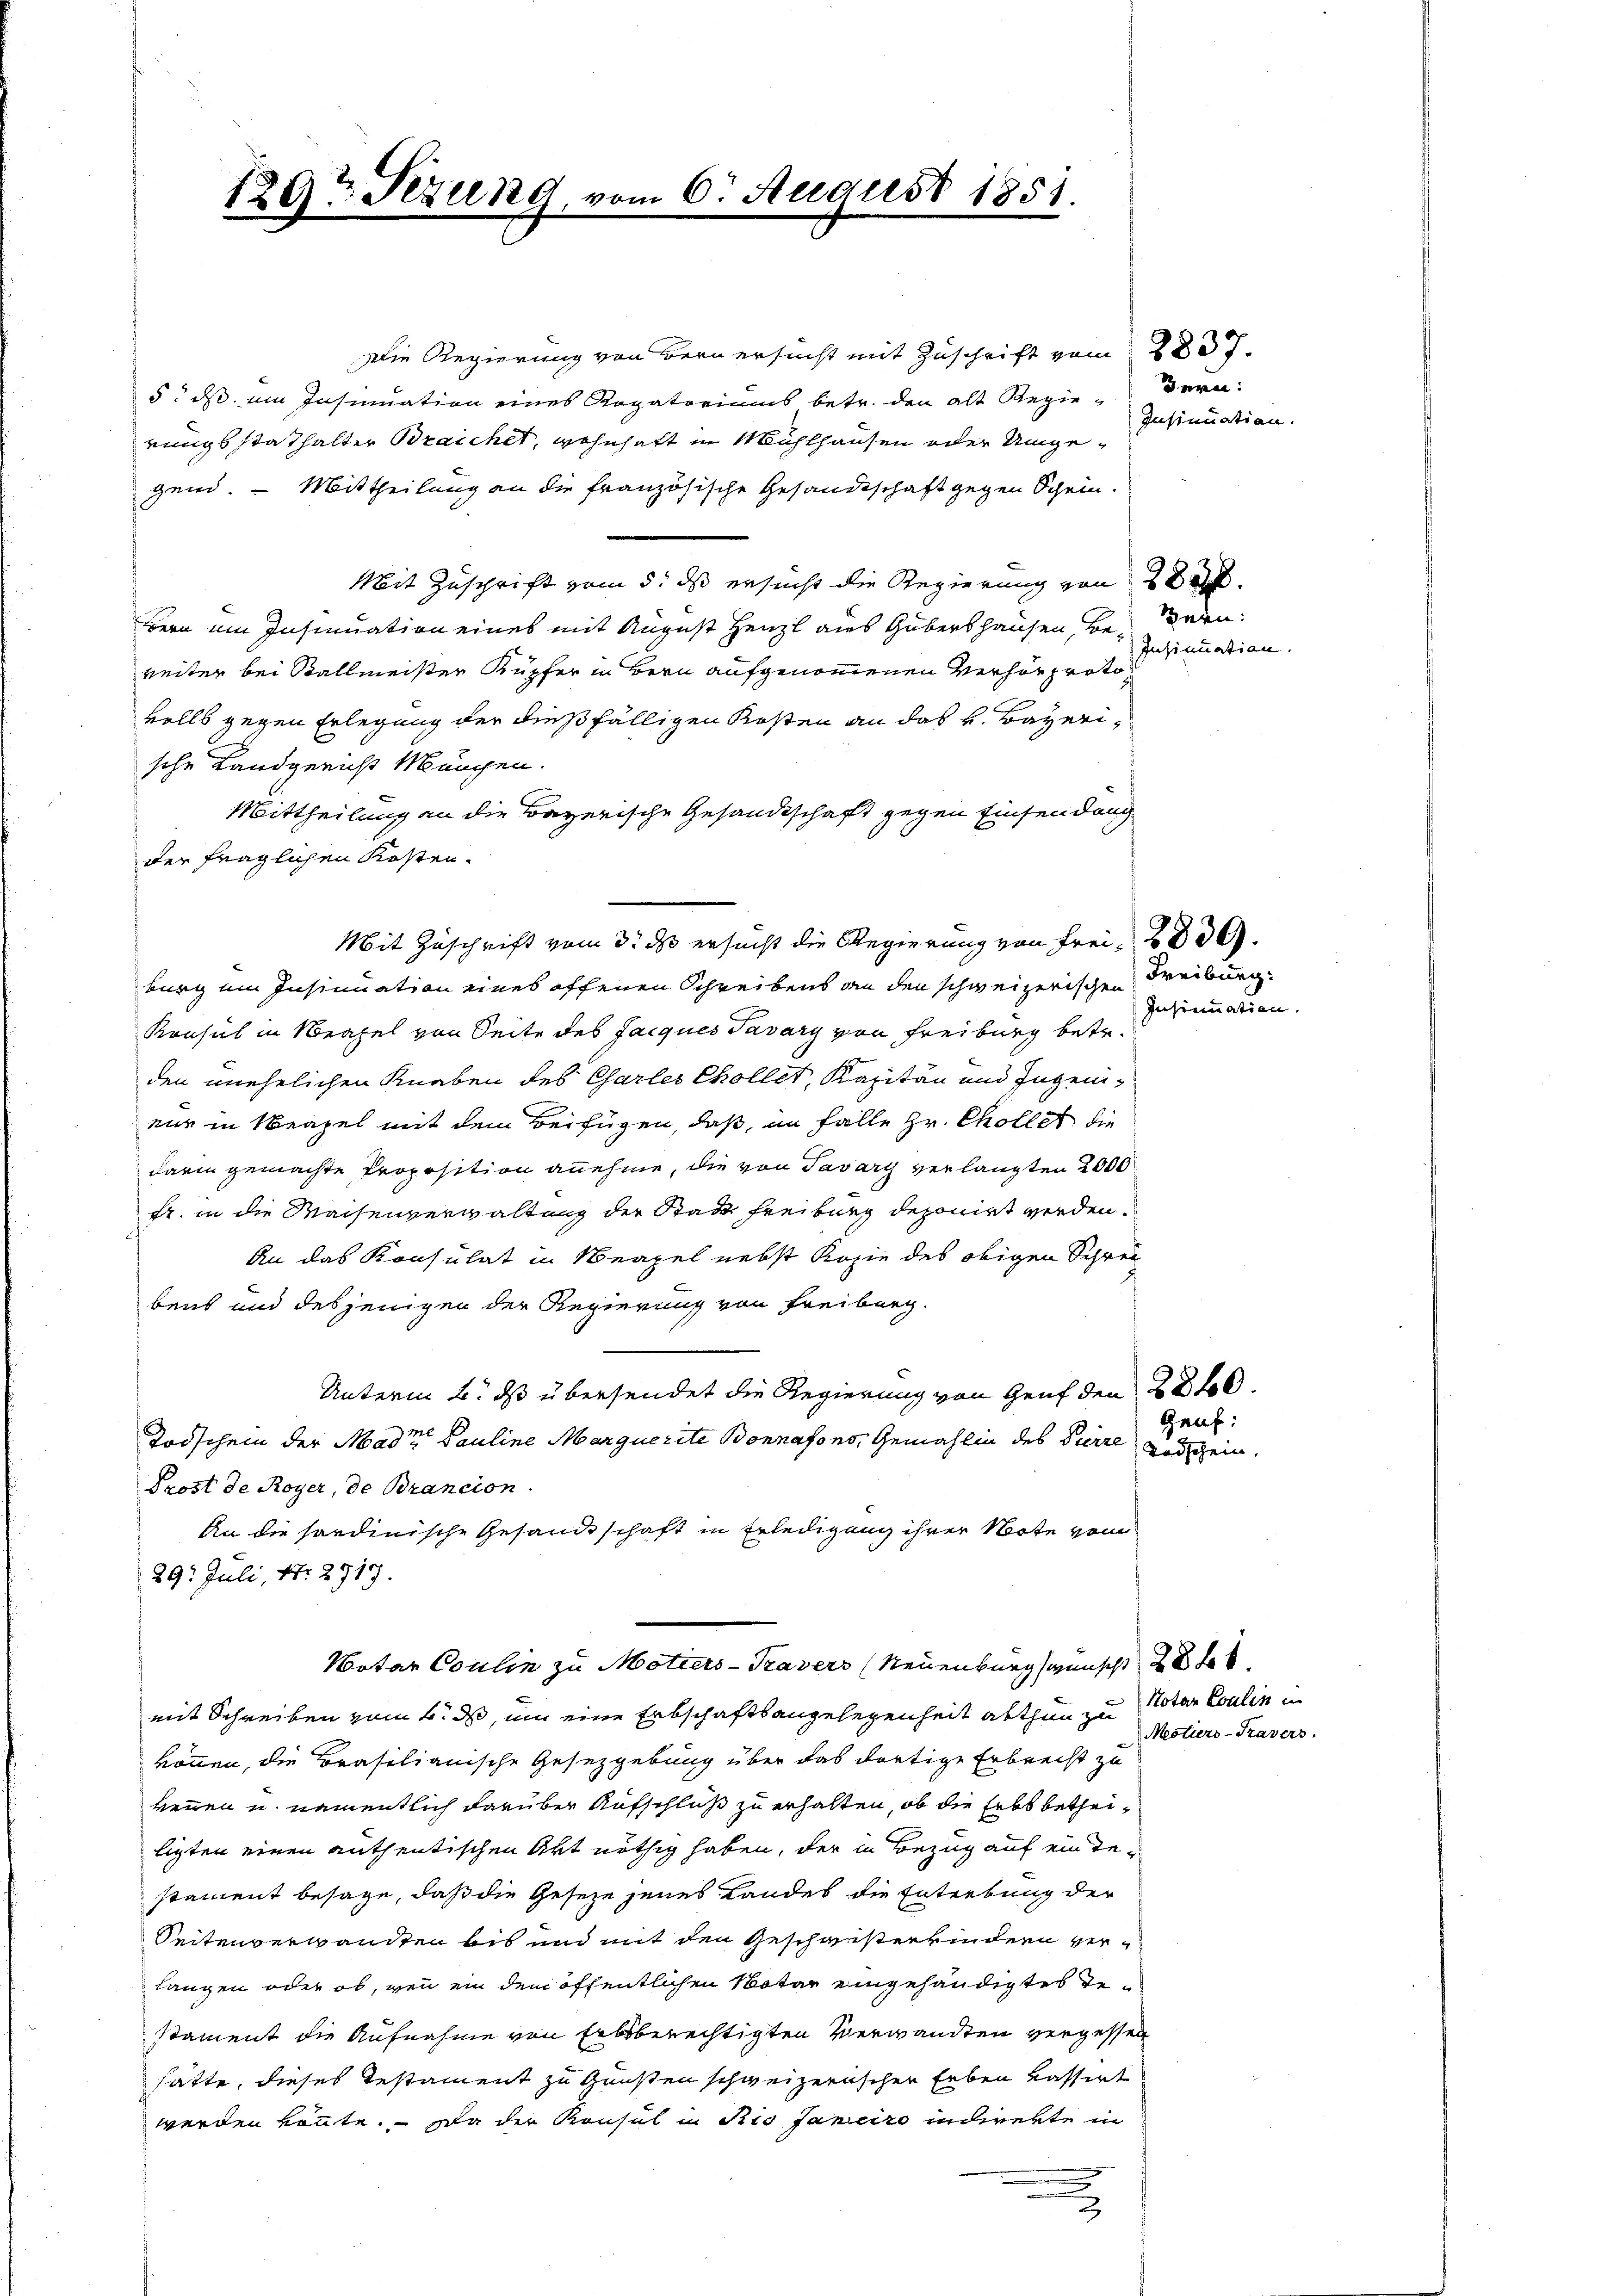
129t Sizung, vom 6. August 1851.

Die Regierung von Bern ersucht mit Zuschrift vom 2837.
5: ds ein Insinuation eines Rogatoriums betr. den alt Regie-Bern:
rungsstathalter Braichet, wohnhaft in Mühlhausen oder Umgegend. — Mittheilung an die französische Gesandtschaft gegen Schein.
Mit Zuschrift vom 5. ds ersucht die Regierung von 28.
Bern ein Insinuation eines mit August Henzl aus Gubershausen, Beweiter bei Ballmeister Kupfer in Bern aufgenommenen Verhörprotovolls gegen Erlegung der dießfälligen Kosten an das k. Bayerische Landgericht München.
Mittheilung an die Bayerische Gesandtschaft gegen Einsendung
der fraglichen Kosten.
burg um Insinuation eines offenen Schreibens an den schweizerischen Freiburg
Konsul in Neapel von Seite des Jacques Tavary von Freiburg betr.
den unehelichen Knaben des Charler Chollet, Kapitän und Ingeninur in Neapel mit dem Beifügen, daß, im Falle Hr. Chollet die
darin gemachte Proposition annehme, die von Tavari verlangten 2000
fr. in die Waisenverwaltung der Stadt Freiburg deponirt werden.
An das Konsulat in Neapel nebst Kopie des obigen Schrei
bent und desjenigen der Regierung von Freiberg.
Unterm 2. ds übersendet die Regierung von Genf den 280.
Todschein der Mader Pauline Marquerite Bonnafons, Gemahlin des Dürre Todschein,
Prost de Royer, de Brancion
An die sordinische Gesandtschaft in Erledigung ihrer Note vom
29. Juli, Nr. 2717.
Notar Coulin zu Motiers-Travers (Neuenburg wünscht 28 te
mit Schreiben vom 4. ds, um eine Erbschaftsangelegenheit abthun zu
können, die Brasilianische Gesetzgebung über das dortige Erbrecht zu
kennen u. namentlich darüber Aufschluß zu erhalten, ob die Erbs betheiligten einen anthentischen Art nöthig haben, der in Bezug auf ein destament besage, daß die Geseze jenes Landes die Entrebung der
Seitenverwandten bis und mit den Geschwisterrindern verlangen oder ob, wenn ein dem öffentlichen Notar eingehändigtes Gestament die Aufnahme von Erbsberechtigten Verwandten vergessen
hätte, dieses Testament zu Gunsten schweizerischen Erben kassirt
werden könnte. Da der Konsul in Rio Janeiro indirekte in
5

Mit Zuschrift vom 3. ds ersucht die Regierung von Frei, d

Insinuation.

Sern:
Insinuation

Insinuation.

Geuf:

Notar Coulin u
Mestiers-Travers.